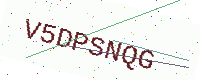
Text: V5DPSNQG